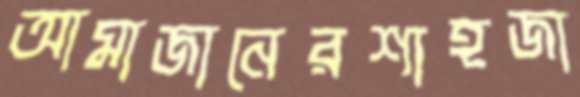
আমাজানেরশাহজা